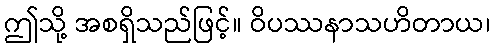
ဤသို့ အစရှိသည်ဖြင့်။ ဝိပဿနာသဟိတာယ၊